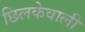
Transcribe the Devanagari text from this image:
छिलकेवाली